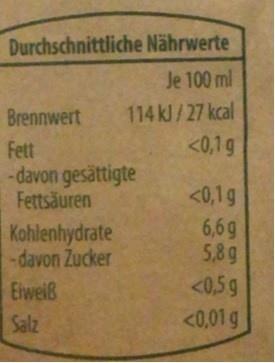
Durchschnittliche Nährwerte
Je 100 ml
Brennwert
114 kl/27 kcal
<0,1g
Fett -davon gesättigte Fettsäuren
<0,1g
Kohlenhydrate -davon Zucker
6,6g 5,8g <0,5g
Eiweiß
Salz
<0,01 g